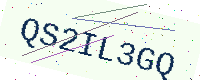
Text: QS2IL3GQ